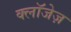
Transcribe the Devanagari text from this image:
क्लॉजेज़